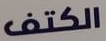
الكتف